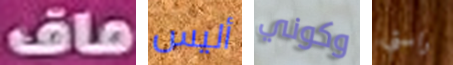
ماف أليس وكوني راستي